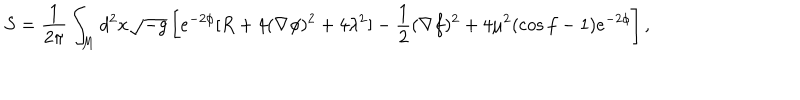
S = \frac { 1 } { 2 \pi } \int _ { M } d ^ { 2 } x \sqrt { - g } \left[ e ^ { - 2 \phi } [ R + 4 ( \nabla \phi ) ^ { 2 } + 4 \lambda ^ { 2 } ] - \frac { 1 } { 2 } ( \nabla f ) ^ { 2 } + 4 \mu ^ { 2 } ( \cos f - 1 ) e ^ { - 2 \phi } \right] ,